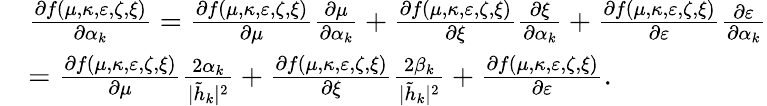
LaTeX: \begin{array}{rl}&{\frac{\partial f(\mu,\kappa,\varepsilon,\zeta,\xi)}{\partial\alpha_{k}}=\frac{\partial f(\mu,\kappa,\varepsilon,\zeta,\xi)}{\partial\mu}\frac{\partial\mu}{\partial\alpha_{k}}+\frac{\partial f(\mu,\kappa,\varepsilon,\zeta,\xi)}{\partial\xi}\frac{\partial\xi}{\partial\alpha_{k}}+\frac{\partial f(\mu,\kappa,\varepsilon,\zeta,\xi)}{\partial\varepsilon}\frac{\partial\varepsilon}{\partial\alpha_{k}}}\\ &{=\frac{\partial f(\mu,\kappa,\varepsilon,\zeta,\xi)}{\partial\mu}\frac{2\alpha_{k}}{|\tilde{h}_{k}|^{2}}+\frac{\partial f(\mu,\kappa,\varepsilon,\zeta,\xi)}{\partial\xi}\frac{2\beta_{k}}{|\tilde{h}_{k}|^{2}}+\frac{\partial f(\mu,\kappa,\varepsilon,\zeta,\xi)}{\partial\varepsilon}.}\end{array}